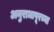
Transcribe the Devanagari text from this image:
अनुराधापूरच्या